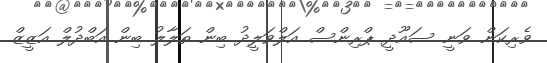
ވެރިކަން ވަނީ ސައޫދީ ޕްރިންސް އަލްވަލީދު ބިން ތަލާލު ބިން އަބްދުލް އަޒީޒް